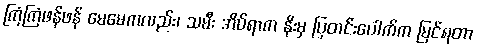
ကြံကြံဖန်ဖန် မေမေကလည်း၊ သမီး အိပ်ရာက နိုးမှ ပြတင်းပေါက်က မြင်ရတာ